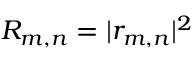
R _ { m , n } = | r _ { m , n } | ^ { 2 }